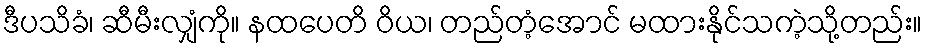
ဒီပသိခံ၊ ဆီမီးလျှံကို။ နထပေတိ ဝိယ၊ တည်တံ့အောင် မထားနိုင်သကဲ့သို့တည်း။